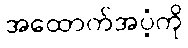
အထောက်အပံ့ကို